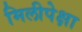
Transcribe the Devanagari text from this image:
मिलीपेक्षा